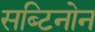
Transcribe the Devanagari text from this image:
सब्टिनोन